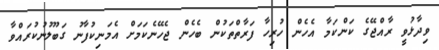
ވިދާޅުވީ ރާއްޖޭގެ ކަންކަމާ އެހެން ހުރިހާ ފަރާތްތަކުން ބެހެން ޖެހޭނެކަމަށް އެމަނިކުފާނު ގަބޫލުނުކުރައްވާ